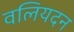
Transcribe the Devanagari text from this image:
वलियदन